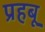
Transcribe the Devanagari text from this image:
प्रहबू